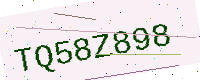
Text: TQ58Z898